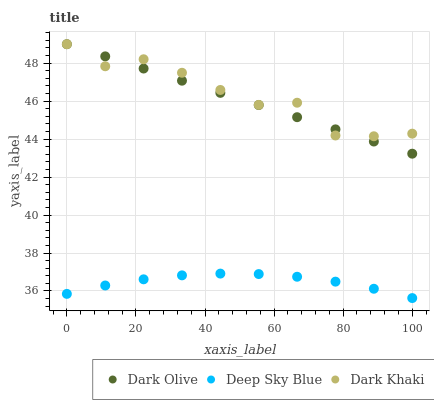
| xaxis_label | Dark Olive | Deep Sky Blue | Dark Khaki |
 | --- | --- | --- | --- |
 | 0 | 49 | 35.8 | 49 |
 | 11.1 | 48.4 | 36.3 | 47.8 |
 | 22.2 | 47.7 | 36.6 | 48.2 |
 | 33.3 | 47.1 | 36.8 | 47.5 |
 | 44.4 | 46.4 | 36.9 | 46.6 |
 | 55.6 | 45.8 | 36.9 | 45.8 |
 | 66.7 | 45.2 | 36.7 | 45.9 |
 | 77.8 | 44.5 | 36.5 | 44.2 |
 | 88.9 | 43.9 | 36.1 | 44.1 |
 | 100 | 43.2 | 35.6 | 44.3 |